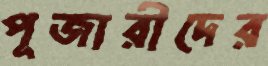
পূজারীদের